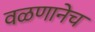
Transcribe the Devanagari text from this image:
वळणानेच